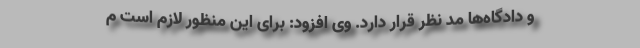
و دادگاه‌ها مد نظر قرار دارد. وی افزود: برای این منظور لازم است م